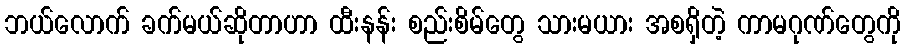
ဘယ်လောက် ခက်မယ်ဆိုတာဟာ ထီးနန်း စည်းစိမ်တွေ သားမယား အစရှိတဲ့ ကာမဂုဏ်တွေကို